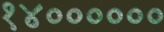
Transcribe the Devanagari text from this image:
१४००००००